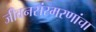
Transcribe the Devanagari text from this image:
जीवनसंस्मरणांचा